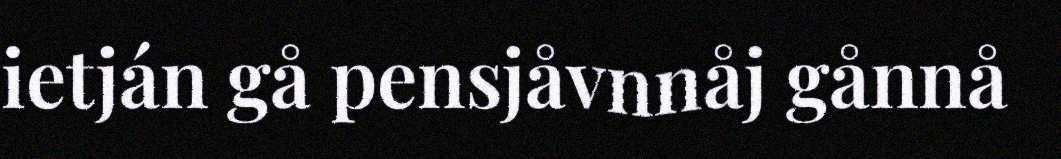
ietján gå pensjåvnnåj gånnå